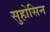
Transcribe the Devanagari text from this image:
सुहोसिन